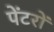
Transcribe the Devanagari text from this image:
पेंटरों